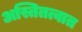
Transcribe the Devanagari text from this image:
अस्तितत्वात